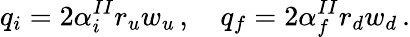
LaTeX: q_{i}=2\alpha_{i}^{II}r_{u}w_{u}\, ,\quad q_{f}=2\alpha_{f}^{II}r_{d}w_{d}\, .